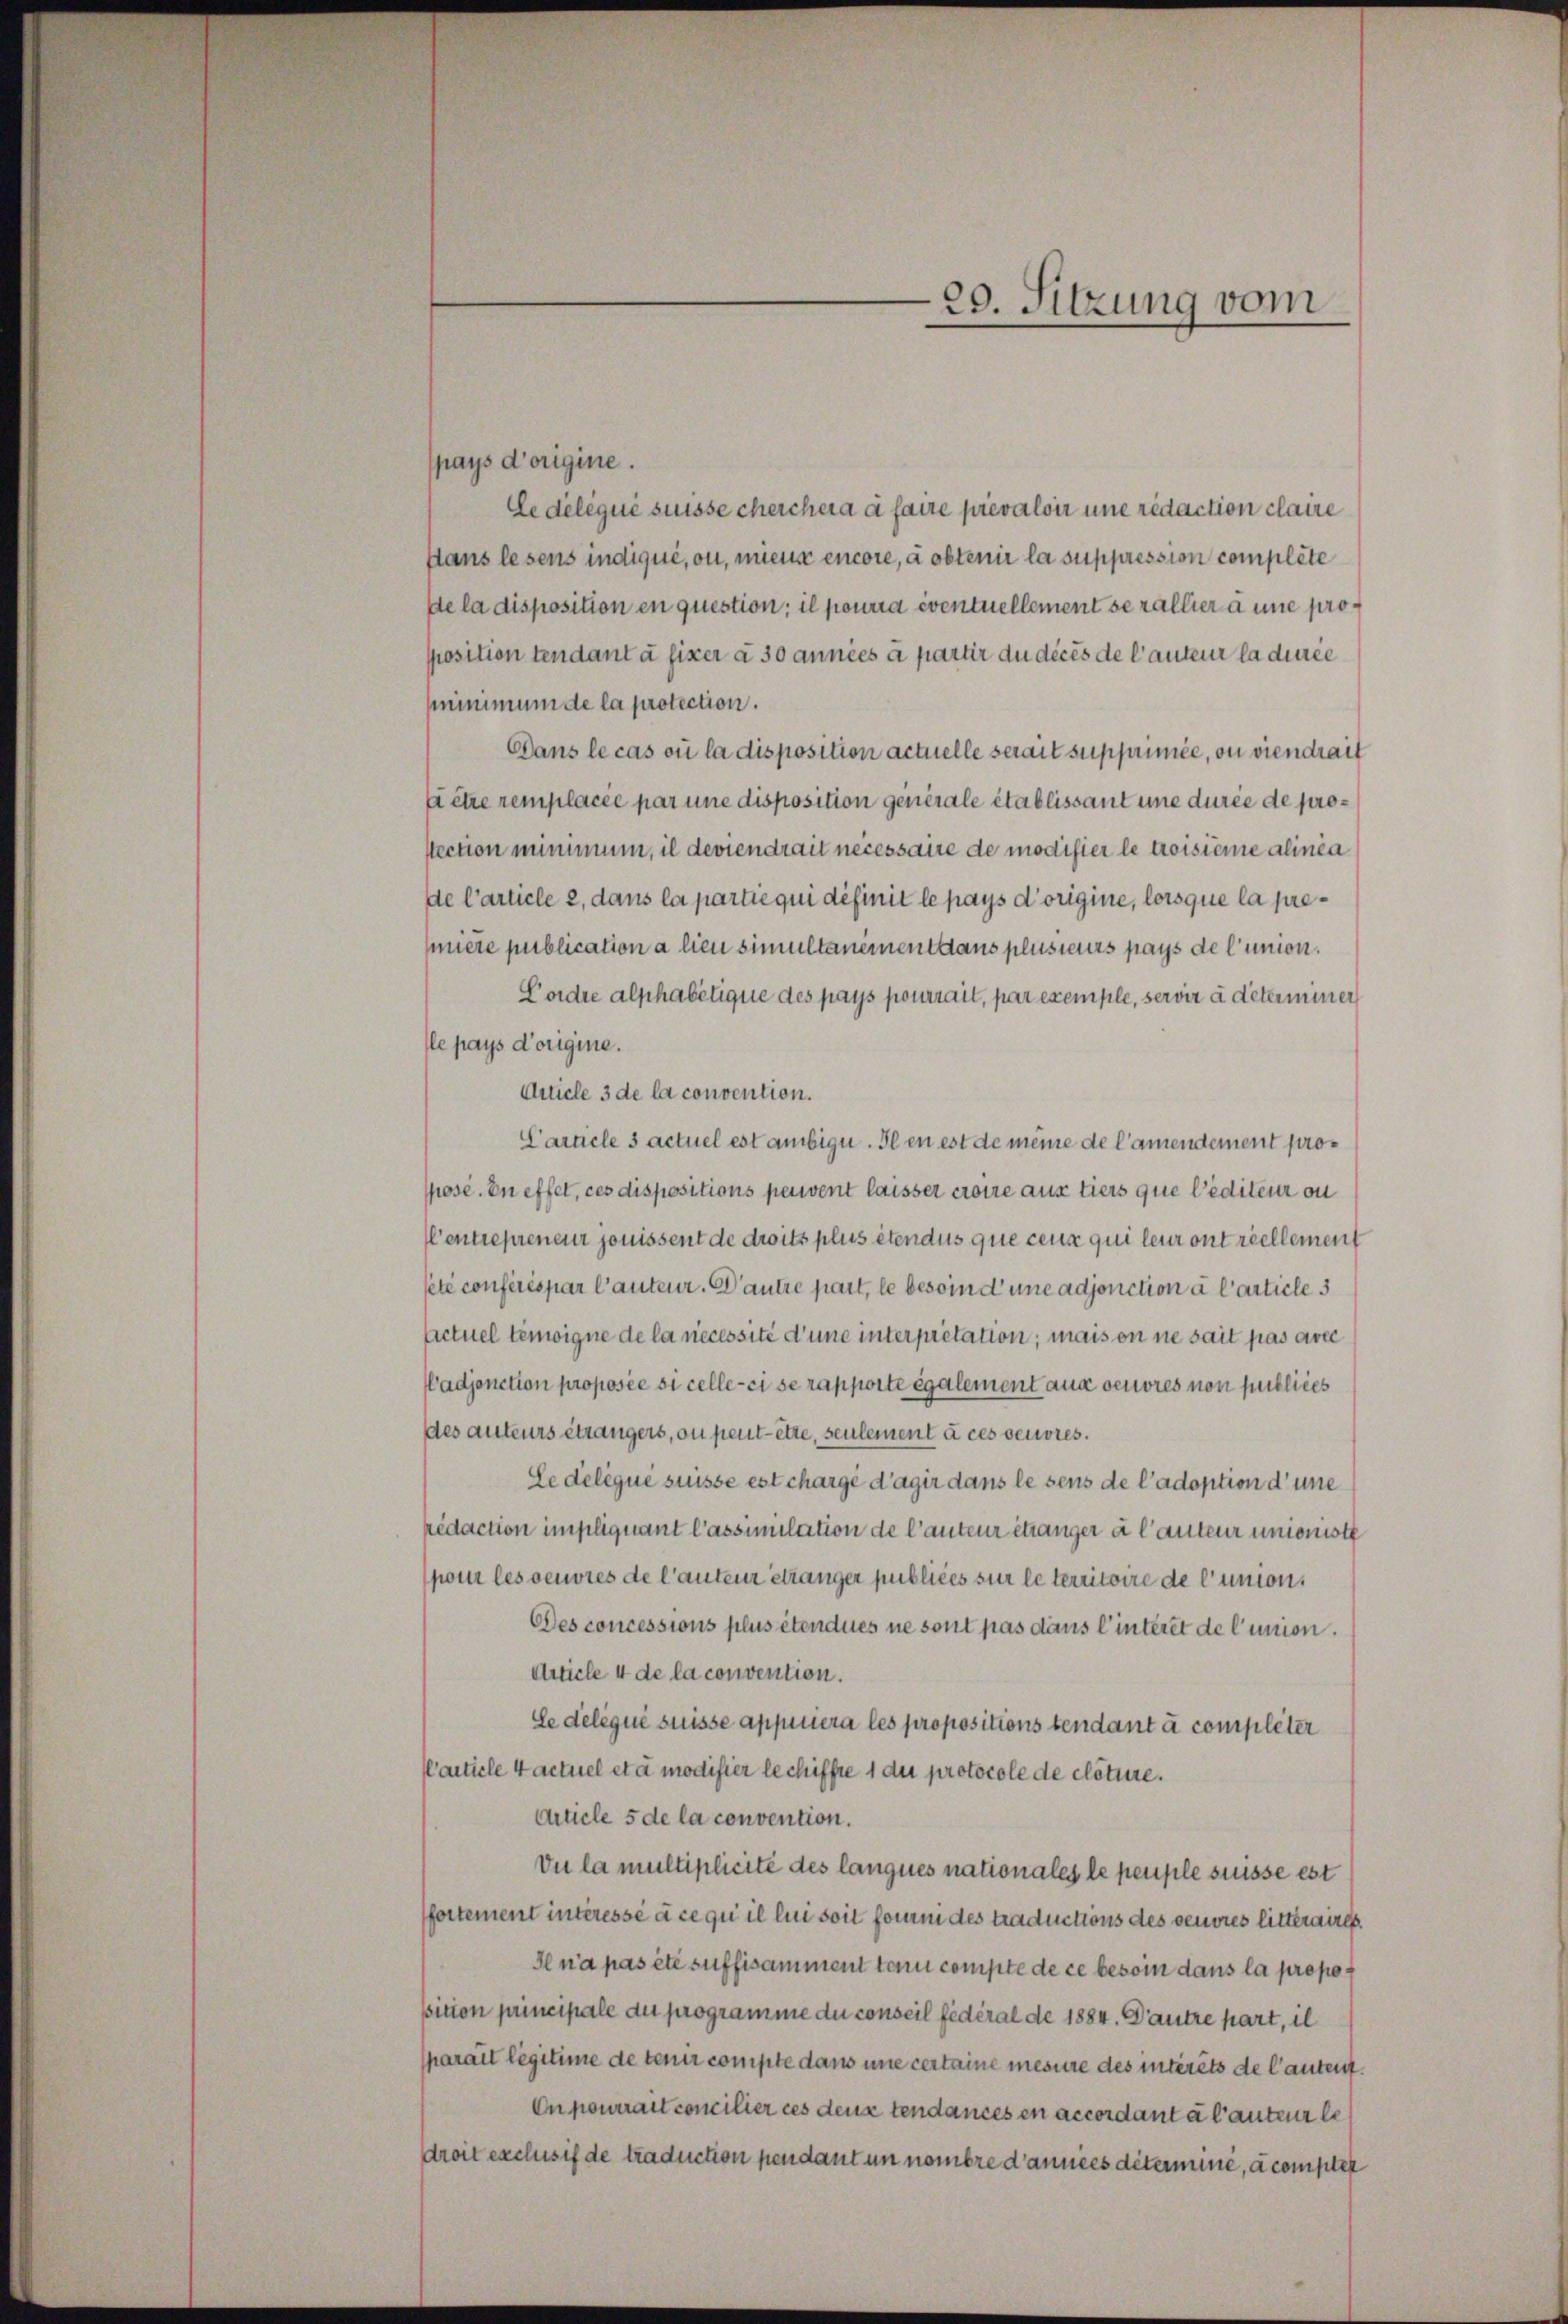
—29. Sitzung vom

pays d’origine.
Ce déléqui suisse cherchera à faire prévaloir une redaction claire
sans lesens indiqué, ou, mieux encore, a obtenir la suppression compléte
de la disposition en question; il pourra eventuellement serallier à une proposition tendant à fixer à 30 années à partir du décès de lauteur la durée
mminimum de la protection.
Dans le cas où la disposition actuelle serait supprimée, ou viendrait
fetze remplacée par une disposition generale établissant une durée de prosection minimum, il deviendrait necessaire de modifier le troisième alinia
de l’article 2, dans la partie qui définit le pays d’origine, lorsque la premiere publication a lieu simultanement dans plusieurs pays de l’union.
Pordre alphabetique des pays pourrait, par exemple, servir à déterminer
le pays d’origine.
Article 3 de la convention.
Carticle 3 actuel est anbige. Il en est de meine de l’amendement propose. En effet, ces dispositions peuvent laisser croire aus tiers que lediteur ou
Centrepreneur jouissent de droits plus êtendus que ceux qui leur ont reellement
seté conférés par Cauteur. Dautre part, le besoin d’une adjonction à l’article 3
factuel temigne de la nécessité d’une interpretation; mais on ne sait pas avec
(adjonction proposée si celle-ci se rapporte également aus deuores non publices
des auteurs étrangers, ou peut être, seulement à ces oeuvres.
Le délégué suisse est chargé d’agir dans le sens de l’adoption d’une
redaction impliquant l’assimilation de l’auteur étranger à l’auteur unioniste
pour les oeuvres de l’auteur etwanger publiées sur le territoire de l’union,
Des concessions plus étendues ne sont pas dans l’interet de l’union.
Article 4 de la convention.
Se deliqué suisse appiriera les propositions tendant à completer
Particle 4 actuel etc modifier le chiffte 1 du protocole de clôture.
Article 5 de la convention.
Du la multiplicite des langnes nationales le peuple suisse est
fartement intéresse à ce qui il lui soit form des traductions des oeuvres litteraires.
Il n’a pas été suffisamment tenu compte de ce besoin dans la propopition principale du programme du conseil fédéral de 1884. Dantre part, il
sparait légitime de tenir compte dans une certaine mesure des intérêts de lautent
On pourrait concilier ces deux tendances en accordant à l’auteur le
droit exclusis de traduction pendant un nombre d’années déterminé, à compter